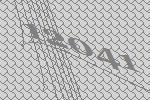
12041